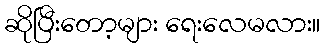
ဆိုပြီးတော့များ ရေးလေမလား။